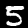
Label: 5